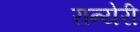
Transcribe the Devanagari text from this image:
रान्येरी